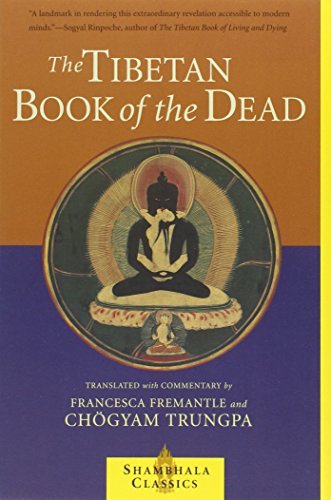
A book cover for The Tibetan Book of the Dead: The Great Liberation Through Hearing In The Bardo (Shambhala Classics); Chogyam Trungpa; Religion & Spirituality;